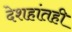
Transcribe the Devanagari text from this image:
देशहांतही